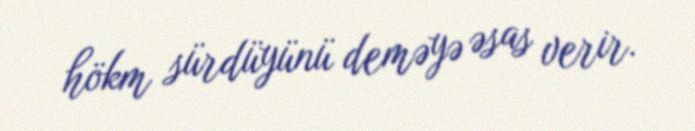
hökm sürdüyünü deməyə əsas verir.